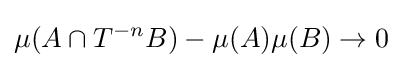
\mu (A\cap T^{-n}B)-\mu (A)\mu (B)\to 0